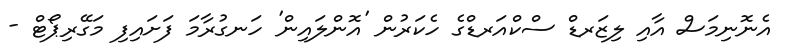
އެނޮނިމަސް އާއި ލިޒަރޑް ސްކްއަރޑްގެ ހެކަރުން 'އޮންލައިން' ހަނގުރާމަ ފަށައިފި މަގޭރިޕޯޓް -